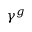
\gamma ^ { g }